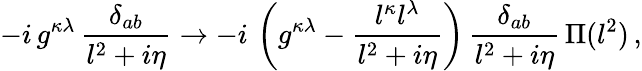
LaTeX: -i\, g^{\kappa\lambda}\, \frac{\delta_{ab}}{l^{2}+i\eta}\rightarrow-i\, \left(g^{\kappa\lambda}-\frac{l^{\kappa}l^{\lambda}}{l^{2}+i\eta}\right)\, \frac{\delta_{ab}}{l^{2}+i\eta}\, \Pi(l^{2})\, ,